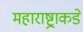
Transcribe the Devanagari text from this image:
महाराष्ट्राकडे